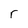
Character: r